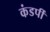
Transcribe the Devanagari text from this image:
कंडर्पी